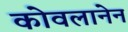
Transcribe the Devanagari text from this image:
कोवलानेन